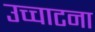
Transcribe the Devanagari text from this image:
उच्चाटना